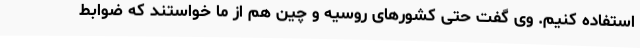
استفاده کنیم. وی گفت حتی کشورهای روسیه و چین هم از ما خواستند که ضوابط